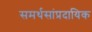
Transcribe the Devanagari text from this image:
समर्थसांप्रदायिक